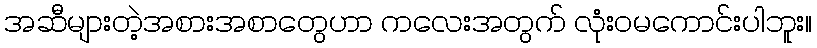
အဆီများတဲ့အစားအစာတွေဟာ ကလေးအတွက် လုံးဝမကောင်းပါဘူး။